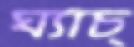
ঘ্যাঁচ্